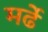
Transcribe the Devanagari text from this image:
मर्ढे